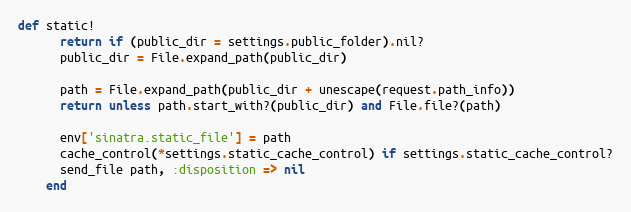
Language: Ruby
def static!
      return if (public_dir = settings.public_folder).nil?
      public_dir = File.expand_path(public_dir)

      path = File.expand_path(public_dir + unescape(request.path_info))
      return unless path.start_with?(public_dir) and File.file?(path)

      env['sinatra.static_file'] = path
      cache_control(*settings.static_cache_control) if settings.static_cache_control?
      send_file path, :disposition => nil
    end